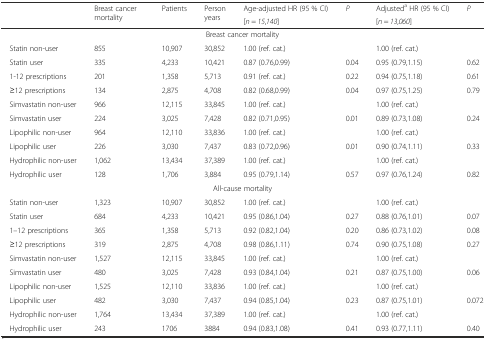
<table><thead><tr><td rowspan="2"></td><td rowspan="2"><b>Breast cancer mortality</b></td><td rowspan="2"><b>Patients</b></td><td rowspan="2"><b>Person years</b></td><td><b>Age-adjusted HR (95 % CI)</b></td><td rowspan="2"><b><i>P</i></b></td><td><b>Adjusted<sup>a</sup> HR (95 % CI)</b></td><td rowspan="2"><b><i>P</i></b></td></tr><tr><td><b>[<i>n</i> = <i>15</i>,<i>140</i>]</b></td><td><b>[<i>n</i> = <i>13</i>,<i>060</i>]</b></td></tr></thead><tbody><tr><td colspan="8">Breast cancer mortality</td></tr><tr><td> Statin non-user</td><td>855</td><td>10,907</td><td>30,852</td><td>1.00 (ref. cat.)</td><td></td><td>1.00 (ref. cat.)</td><td></td></tr><tr><td> Statin user</td><td>335</td><td>4,233</td><td>10,421</td><td>0.87 (0.76,0.99)</td><td>0.04</td><td>0.95 (0.79,1.15)</td><td>0.62</td></tr><tr><td> 1-12 prescriptions</td><td>201</td><td>1,358</td><td>5,713</td><td>0.91 (ref. cat.)</td><td>0.22</td><td>0.94 (0.75,1.18)</td><td>0.61</td></tr><tr><td> ≥12 prescriptions</td><td>134</td><td>2,875</td><td>4,708</td><td>0.82 (0.68,0.99)</td><td>0.04</td><td>0.97 (0.75,1.25)</td><td>0.79</td></tr><tr><td> Simvastatin non-user</td><td>966</td><td>12,115</td><td>33,845</td><td>1.00 (ref. cat.)</td><td></td><td>1.00 (ref. cat.)</td><td></td></tr><tr><td> Simvastatin user</td><td>224</td><td>3,025</td><td>7,428</td><td>0.82 (0.71,0.95)</td><td>0.01</td><td>0.89 (0.73,1.08)</td><td>0.24</td></tr><tr><td> Lipophilic non-user</td><td>964</td><td>12,110</td><td>33,836</td><td>1.00 (ref. cat.)</td><td></td><td>1.00 (ref. cat.)</td><td></td></tr><tr><td> Lipophilic user</td><td>226</td><td>3,030</td><td>7,437</td><td>0.83 (0.72,0.96)</td><td>0.01</td><td>0.90 (0.74,1.11)</td><td>0.33</td></tr><tr><td> Hydrophilic non-user</td><td>1,062</td><td>13,434</td><td>37,389</td><td>1.00 (ref. cat.)</td><td></td><td>1.00 (ref. cat.)</td><td></td></tr><tr><td> Hydrophilic user</td><td>128</td><td>1,706</td><td>3,884</td><td>0.95 (0.79,1.14)</td><td>0.57</td><td>0.97 (0.76,1.24)</td><td>0.82</td></tr><tr><td colspan="8">All-cause mortality</td></tr><tr><td> Statin non-user</td><td>1,323</td><td>10,907</td><td>30,852</td><td>1.00 (ref. cat.)</td><td></td><td>1.00 (ref. cat.)</td><td></td></tr><tr><td> Statin user</td><td>684</td><td>4,233</td><td>10,421</td><td>0.95 (0.86,1.04)</td><td>0.27</td><td>0.88 (0.76,1.01)</td><td>0.07</td></tr><tr><td> 1–12 prescriptions</td><td>365</td><td>1,358</td><td>5,713</td><td>0.92 (0.82,1.04)</td><td>0.20</td><td>0.86 (0.73,1.02)</td><td>0.08</td></tr><tr><td> ≥12 prescriptions</td><td>319</td><td>2,875</td><td>4,708</td><td>0.98 (0.86,1.11)</td><td>0.74</td><td>0.90 (0.75,1.08)</td><td>0.27</td></tr><tr><td> Simvastatin non-user</td><td>1,527</td><td>12,115</td><td>33,845</td><td>1.00 (ref. cat.)</td><td></td><td>1.00 (ref. cat.)</td><td></td></tr><tr><td> Simvastatin user</td><td>480</td><td>3,025</td><td>7,428</td><td>0.93 (0.84,1.04)</td><td>0.21</td><td>0.87 (0.75,1.00)</td><td>0.06</td></tr><tr><td> Lipophilic non-user</td><td>1,525</td><td>12,110</td><td>33,836</td><td>1.00 (ref. cat.)</td><td></td><td>1.00 (ref. cat.)</td><td></td></tr><tr><td> Lipophilic user</td><td>482</td><td>3,030</td><td>7,437</td><td>0.94 (0.85,1.04)</td><td>0.23</td><td>0.87 (0.75,1.01)</td><td>0.072</td></tr><tr><td> Hydrophilic non-user</td><td>1,764</td><td>13,434</td><td>37,389</td><td>1.00 (ref. cat.)</td><td></td><td>1.00 (ref. cat.)</td><td></td></tr><tr><td> Hydrophilic user</td><td>243</td><td>1706</td><td>3884</td><td>0.94 (0.83,1.08)</td><td>0.41</td><td>0.93 (0.77,1.11)</td><td>0.40</td></tr></tbody></table>